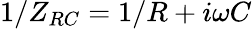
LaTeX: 1/Z_{RC}=1/R+i\omega C